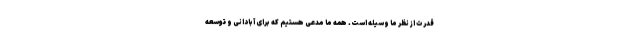
قدرت از نظر ما وسیله است. همه ما مدعی هستیم که برای آبادانی و توسعه